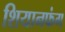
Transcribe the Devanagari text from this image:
शियानफंग